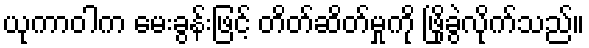
ယုကာဝါက မေးခွန်းဖြင့် တိတ်ဆိတ်မှုကို ဖြိုခွဲလိုက်သည်။